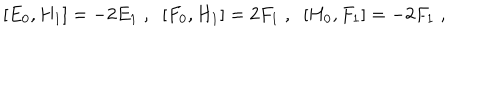
LaTeX: [ E _ { 0 } , H _ { 1 } ] = - 2 E _ { 1 } \; , \; \; [ F _ { 0 } , H _ { 1 } ] = 2 F _ { 1 } \; , \; \; [ H _ { 0 } , F _ { 1 } ] = - 2 F _ { 1 } \; ,